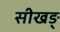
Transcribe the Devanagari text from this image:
सीखङ्